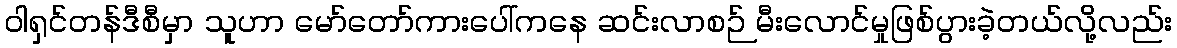
ဝါရှင်တန်ဒီစီမှာ သူဟာ မော်တော်ကားပေါ်ကနေ ဆင်းလာစဉ် မီးလောင်မှုဖြစ်ပွားခဲ့တယ်လို့လည်း